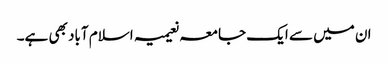
ان میں سے ایک جامعہ نعیمیہ اسلام آباد بھی ہے۔